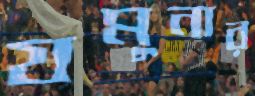
যমুনার